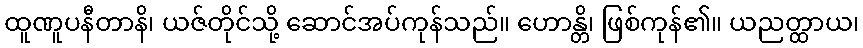
ထူဏူပနီတာနိ၊ ယဇ်တိုင်သို့ ဆောင်အပ်ကုန်သည်။ ဟောန္တိ၊ ဖြစ်ကုန်၏။ ယညတ္ထာယ၊